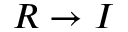
R \to I